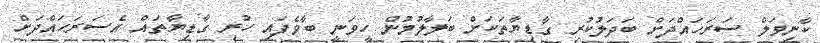
ކާނިވަލް ސަރަހައްދަށް ބަދަލުކުރި ގާޑިޔާތަކަށް ބަލާލުމުން ހީވަނީ ބާވެފައި ހުރި ގާޑިޔާތައް އެސަރަހައްދަށް